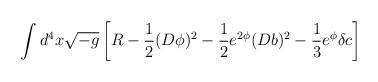
LaTeX: \begin{align*}\int d^{4}x \sqrt{-g} \left [ R-\frac{1}{2}(D\phi)^{2}-\frac{1}{2} e^{2\phi}(Db)^{2}-\frac{1}{3} e^{\phi}\delta c \right ]\end{align*}